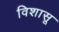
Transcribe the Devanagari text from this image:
विशासू